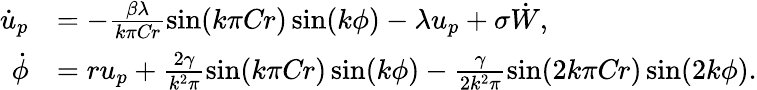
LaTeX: \begin{array}{rl}{\dot{u}_{p}}&{=-\frac{\beta\lambda}{k\pi\mathrm{\textit{Cr}}}\sin(k\pi\mathrm{\textit{Cr}})\sin(k\phi)-\lambda u_{p}+\sigma\dot{W},}\\ {\dot{\phi}}&{=ru_{p}+\frac{2\gamma}{k^{2}\pi}\sin(k\pi\mathrm{\textit{Cr}})\sin(k\phi)-\frac{\gamma}{2k^{2}\pi}\sin(2k\pi\mathrm{\textit{Cr}})\sin(2k\phi).}\end{array}